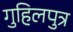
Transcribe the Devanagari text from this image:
गुहिलपुत्र